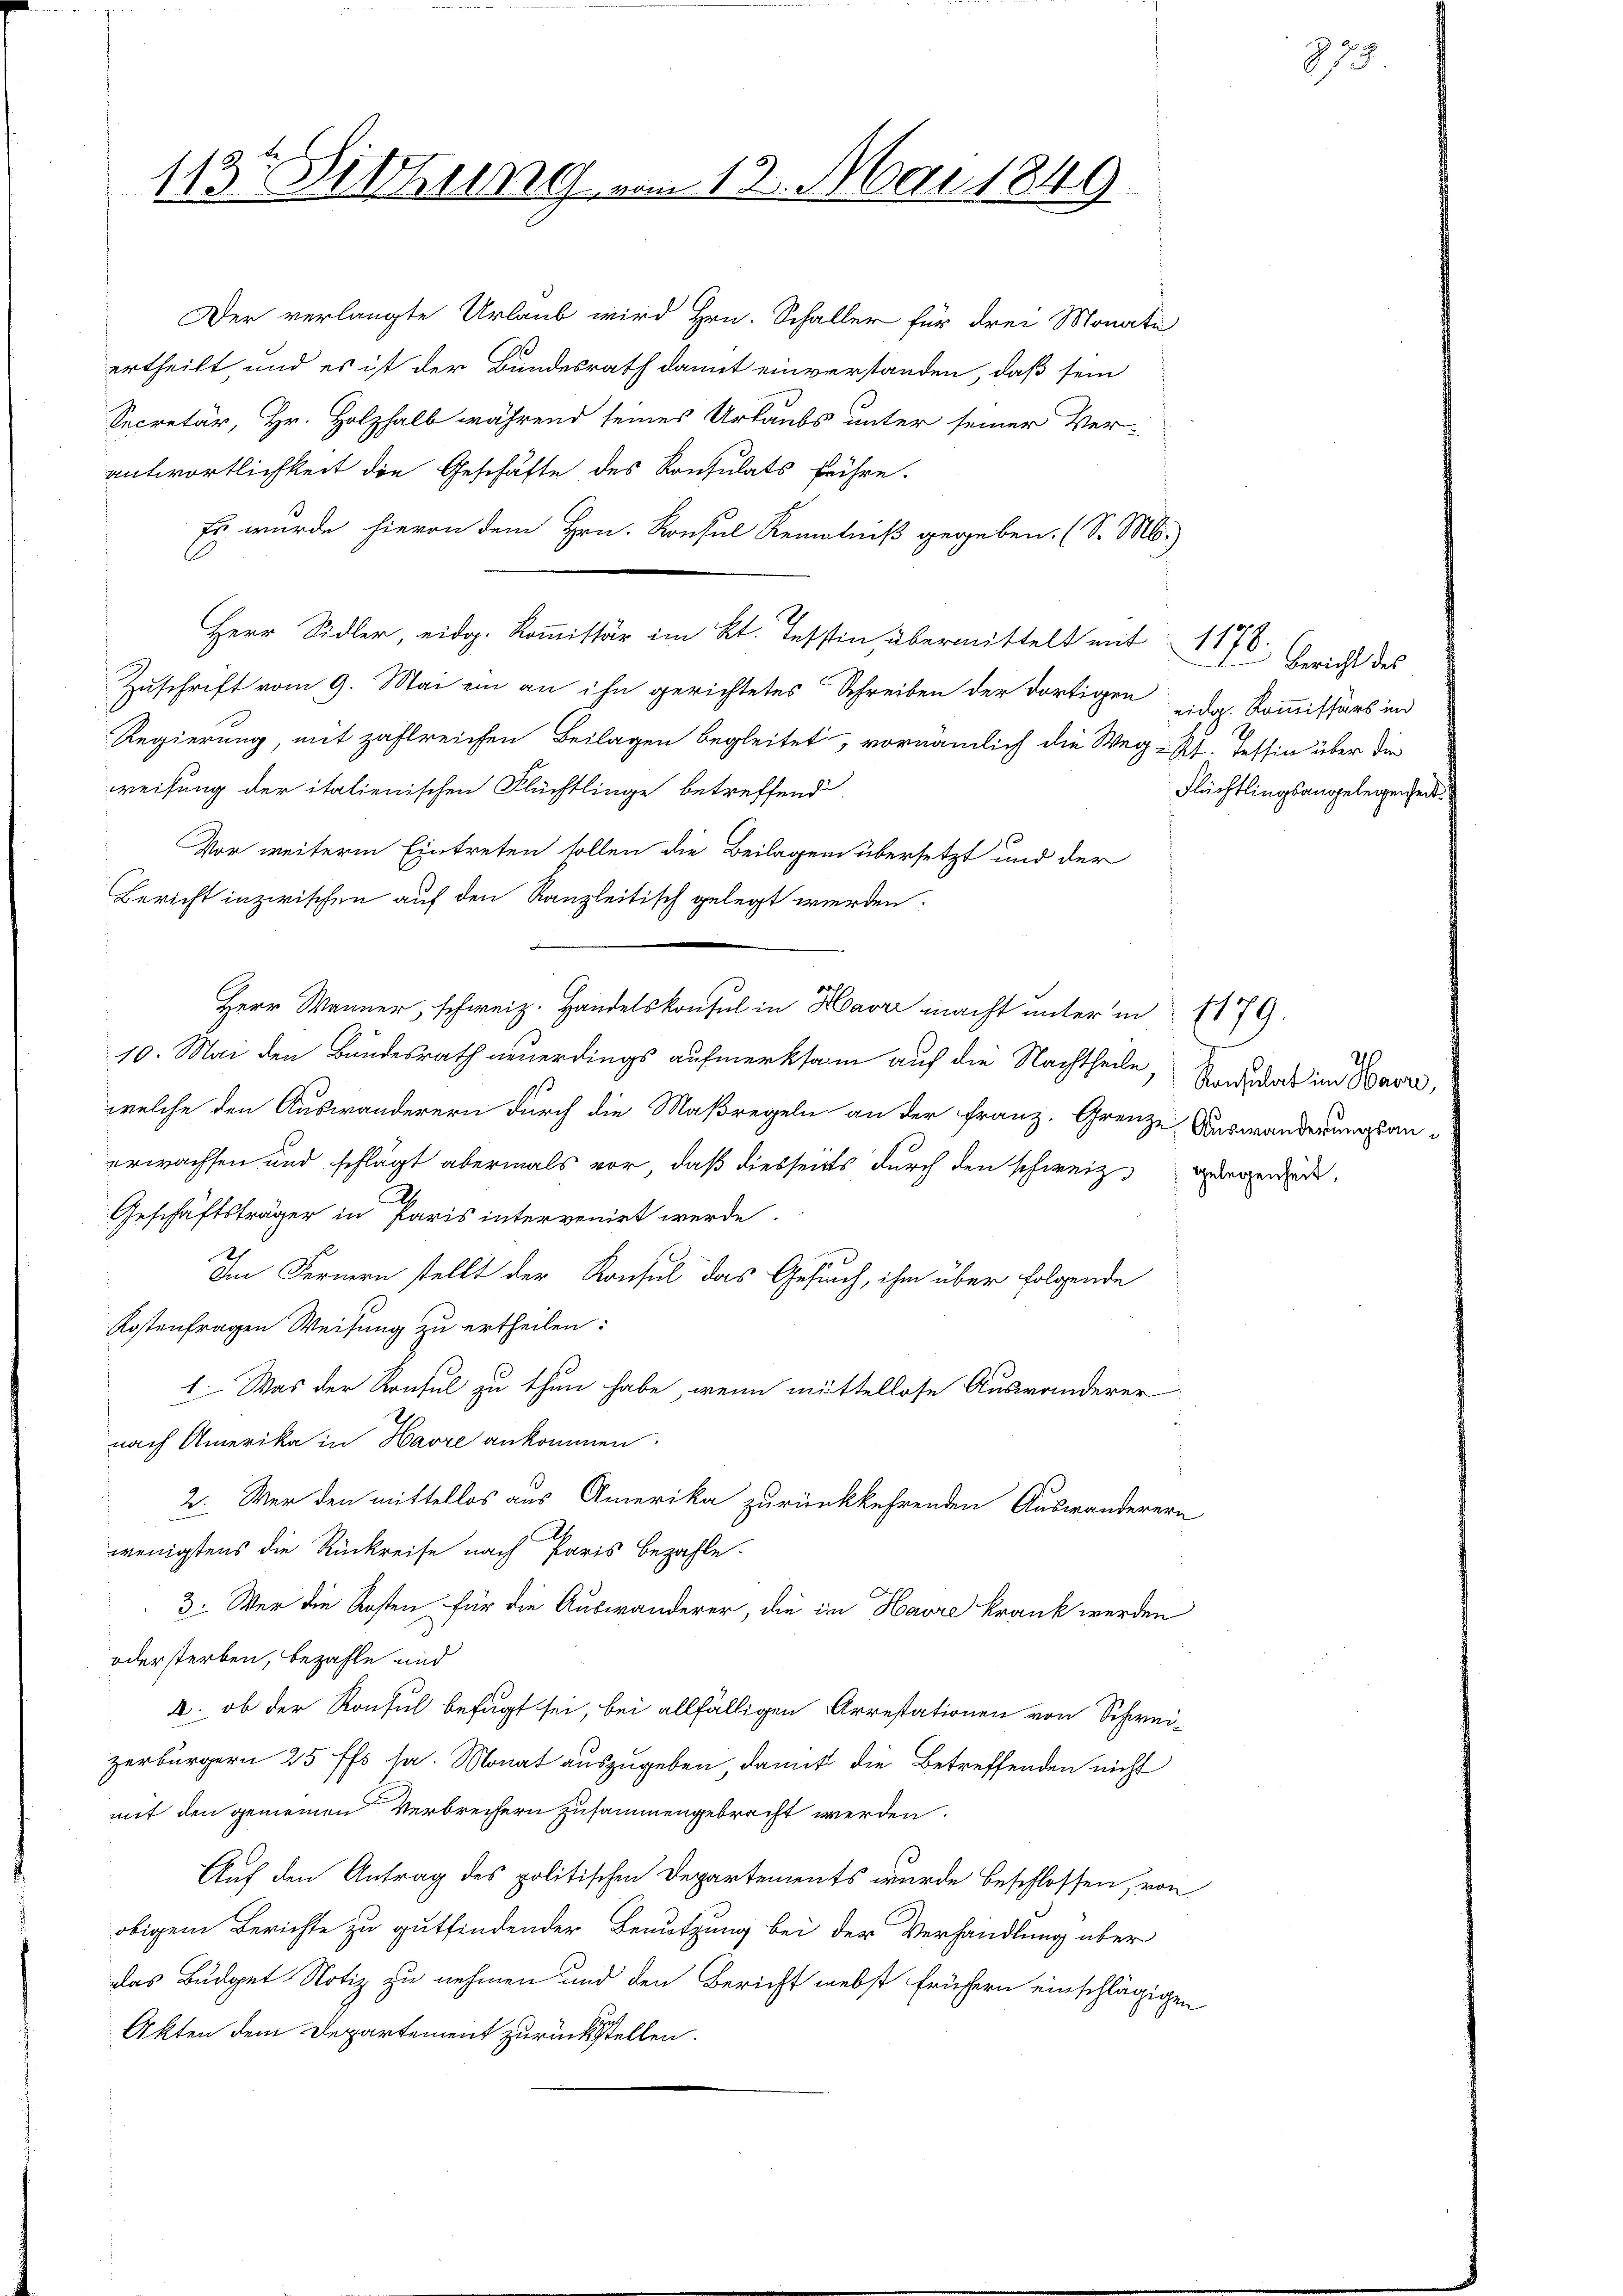
Der verlangte Urlaub wird Hrn. Schaller für drei Monate
ertheilt, und es ist der Bundesrath damit einverstanden, daß sein
Secretär, Hr. Holzhalb während seines Urlaubs unter seiner Ver-
antwortlichkeit die Geschäfte des Konsulats führe.
Es wurde hievon dem Hrn. Konsul Kenntniß gegeben. (S. M.)
Herr Sidler, eidg. Koṁissär im Kt. Tessin, übermittelt mit
Zuschrift vom 9. Mai ein an ihn gerichtetes Schreiben der dortigen d. Kommissärs ind
Regierung, mit zahlreichen Beilagen begleitet, vornämlich die Weg- Kt. Tessin über die
weisung der italienischen Flüchtlinge betreffend
Vor weiterm Eintreten sollen die Beilagen übersetzt und der
Bericht inzwischen auf den Kanzleitisch gelegt werden.
Herr Wanner, schweiz. Handelskonsul in Havrr macht unter in
10. Mai den Bundesrath neuerdings aufmerksam auf die Nachtheile
welche den Auswanderern durch die Maßregeln an der Franz. Grenze Auswanderungsanerwachsen und schlägt abermals vor, daß diesseits durch den schweiz.
Geschäftsträger in Paris intervenirt werde.
Im Fernern stellt der Konsul das Gesuch, ihm über folgende
Kostenfragen Weisung zu ertheilen:
1. Was der Konsul zu thun habe, wenn müttellose Auswanderer
nach Amerika in Havre ankommen.
2. Wer den mittellos aus Amerika zurückkehrenden Auswanderern
wenigstens die Rückreise nach Paris bezahle.
3: Wer die Kosten für die Auswanderer, die im Havre krank werden
oder sterben, bezahle und
2. ob der Konsul befugt sei, bei allfälligen Arrestationen von Schwei-
zerbürgern 25 ffs sa. Monat auszugeben, damit die Betreffenden nicht
mit den gemeinen Verbrechern zusammengebracht werden.
Auf den Antrag des politischen Departements wurde beschlossen, von
obigem Berichte zu gutfindender Benutzung bei der Verhandlung über
das Budget Notiz zu nehmen und den Bericht nebst frühern einschlägigen
Akten dem Departement zurückstellen.

113r Sittlung vom 13. Mai 1849.

1170. Gericht des
Flüchtlingsangelegenheit.

2
Konsulat im Havre,
gelegenheit,

1179.

879